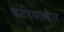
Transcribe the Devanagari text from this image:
कोडियाल्बैल